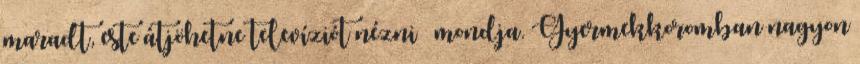
maradt, este átjöhetne televíziót nézni – mondja. Gyermekkoromban nagyon